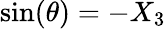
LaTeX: \sin(\theta)=-X_{3}